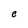
Character: C